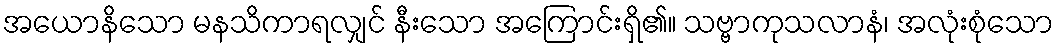
အယောနိသော မနသိကာရလျှင် နီးသော အကြောင်းရှိ၏။ သဗ္ဗာကုသလာနံ၊ အလုံးစုံသော